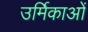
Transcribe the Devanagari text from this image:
उर्मिकाओं